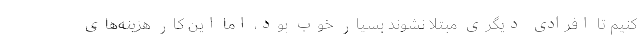
کنیم تا افرادی دیگری مبتلا نشوند بسیار خوب بود، اما این کار هزینه‌های